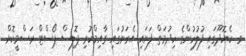
ވ. ކެޔޮދޫގައި ފުލުހުންގެ ހިދުމަތް ފަށައި އެރަށުގައި ގާއިމްކުރި ޕޮލިސް ޕޯސްޓް ރަސްމީކޮށް